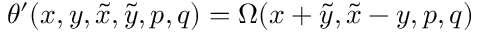
\theta ^ { \prime } ( x , y , \tilde { x } , \tilde { y } , p , q ) = \Omega ( x + \tilde { y } , \tilde { x } - y , p , q )